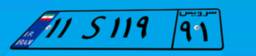
۰۳S۳۵۷۲۵